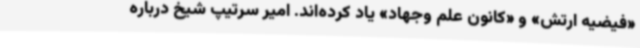
«فیضیه ارتش» و «کانون علم وجهاد» یاد کرده‌اند. امیر سرتیپ شیخ درباره